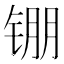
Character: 𬭖